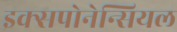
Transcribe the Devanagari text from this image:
इक्सपोनेन्सियल